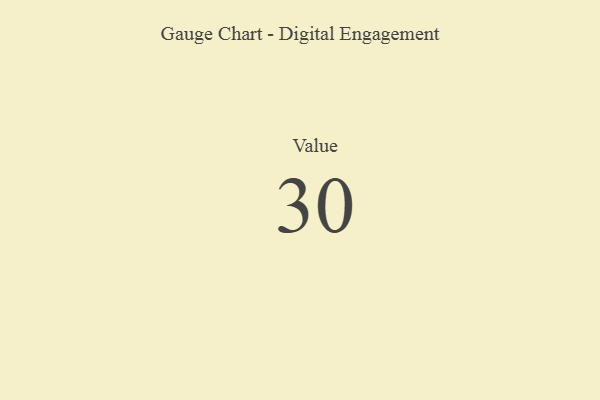
{"axis": {"x": "Metric", "y": "Value"}, "legend": [""], "data": [{"x": "Value", "y": 30, "type": ""}]}